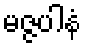
မဇ္ဇပါနံ